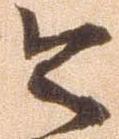
令